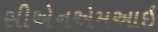
સીએનએમઆઇ